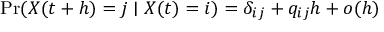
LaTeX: \operatorname* { P r } ( X ( t + h ) = j \mid X ( t ) = i ) = \delta _ { i j } + q _ { i j } h + o ( h )